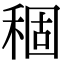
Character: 稒